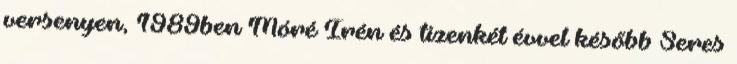
versenyen, 1989ben Móré Irén és tizenkét évvel később Seres